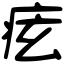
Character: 痃